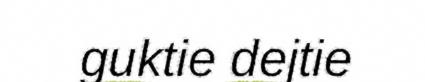
guktie dejtie